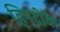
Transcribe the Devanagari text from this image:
हिन्दीके